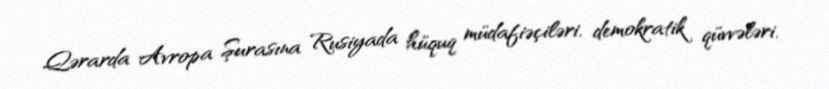
Qərarda Avropa Şurasına Rusiyada hüquq müdafiəçiləri, demokratik qüvvələri,